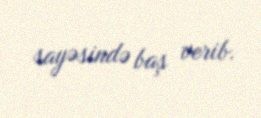
sayəsində baş verib.